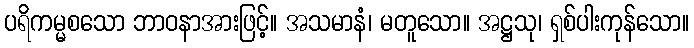
ပရိကမ္မစသော ဘာဝနာအားဖြင့်။ အသမာနံ၊ မတူသော။ အဋ္ဌသု၊ ရှစ်ပါးကုန်သော။